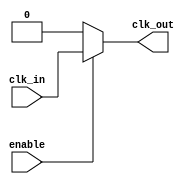
module ClockTreeBuffer (
    input wire clk_in,            // Clock input
    input wire enable,            // Enable signal for clock gating
    output wire clk_out           // Clock output
);
    
    // Parameters for buffer sizes, can be adjusted as needed
    parameter NUM_BRANCHES = 4;  // Number of branches in the tree
    parameter BUFFER_SIZE = 2;    // Buffer size multiplier
    parameter LOAD_PER_BRANCH = 2; // Number of loads each branch drives

    // Internal signals
    wire clk_buf[0:NUM_BRANCHES-1]; // Buffer outputs for each branch
    wire clk_tree[0:NUM_BRANCHES-1]; // Final clock outputs for each branch

    // Input Buffer: Isolates the clock source and conditions the input signal
    wire clk_input_buff;
    assign clk_input_buff = clk_in; // Ideally this would be an instantiated buffer

    // Generate the clock tree structure
    genvar i;
    generate
        for (i = 0; i < NUM_BRANCHES; i = i + 1) begin : clock_branch
            // Buffer stage for each branch
            if (i == 0) begin
                // First stage drives input buffer to the branches
                assign clk_buf[i] = clk_input_buff; // Connect input buffer
            end else begin
                // Subsequent stages buffer the output of previous stage
                assign clk_buf[i] = clk_buf[i-1]; // Connect previous branch
            end
            
            // Drive loads for this branch
            genvar j;
            generate
                for (j = 0; j < LOAD_PER_BRANCH; j = j + 1) begin : load
                    // Here we can instantiate load devices, for demonstration we just connect
                    assign clk_tree[i] = clk_buf[i]; // Drive loads for this branch
                end
            endgenerate
        end
    endgenerate

    // Final output clock
    assign clk_out = enable ? clk_tree[NUM_BRANCHES-1] : 1'b0; // Clock gating

endmodule